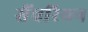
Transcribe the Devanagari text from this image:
सैंचरियन